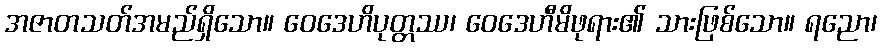
အဇာတသတ်အမည်ရှိသော။ ဝေဒေဟိပုတ္တဿ၊ ဝေဒေဟီမိဖုရား၏ သားဖြစ်သော။ ရညော၊